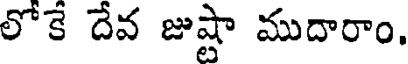
లోకే దేవ జుష్టా ముదారాం.